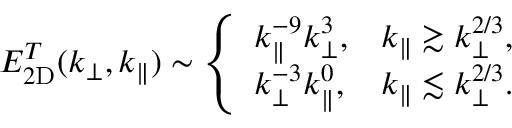
\begin{array} { r } { E _ { 2 \mathrm { D } } ^ { T } ( k _ { \perp } , k _ { \parallel } ) \sim \left\{ \begin{array} { l l } { \displaystyle k _ { \parallel } ^ { - 9 } k _ { \perp } ^ { 3 } , } & { \displaystyle k _ { \parallel } \gtrsim k _ { \perp } ^ { 2 / 3 } , } \\ { \displaystyle k _ { \perp } ^ { - 3 } k _ { \parallel } ^ { 0 } , } & { \displaystyle k _ { \parallel } \lesssim k _ { \perp } ^ { 2 / 3 } . } \end{array} \right. } \end{array}